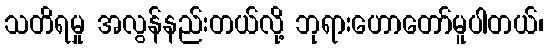
သတိရမှု အလွန်နည်းတယ်လို့ ဘုရားဟောတော်မူပါတယ်၊